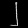
Digit: ၂